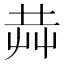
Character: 𰰥